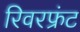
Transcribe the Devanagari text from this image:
रिवरफ्रंट